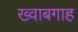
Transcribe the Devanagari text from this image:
ख्‍वाबगाह